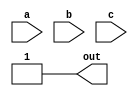
module top_module(
    input a,
    input b,
    input c,
    output out
);

    // Simplified equation from the Karnaugh map
    assign out = 1;

endmodule